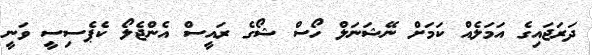
ދަރަޖައިގެ އަމަލެއް ކަމަށް ނޭޝަނަލް ހޯސް ޝޯގެ ރައީސް އެންޖެލޯ ކެޕެސިސީ ވަނީ